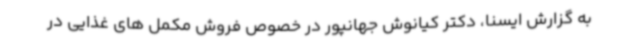
به گزارش ایسنا، دکتر کیانوش جهانپور در خصوص فروش مکمل های غذایی در